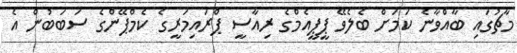
މާޗުގައި ބާއްވާނެ ކަމަށް ބެލެވޭ ޕީޕީއެމްގެ ރިއާސީ ޕްރައިމަރީގެ ކެމްޕޭންގެ ސަބަބުން އެ